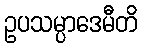
ဥပသမ္ပာဒေမီတိ